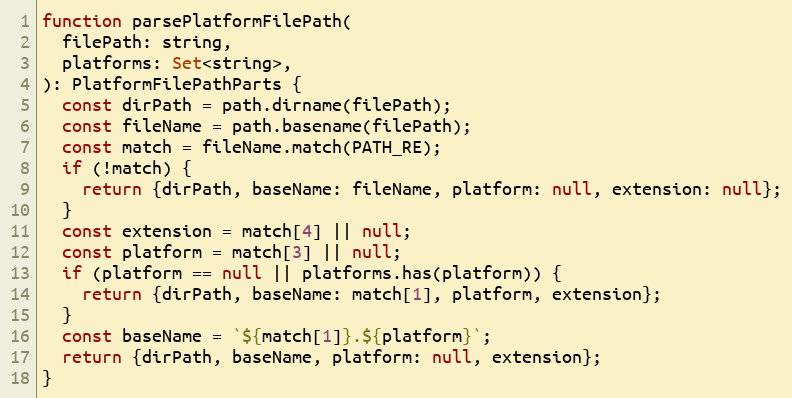
Language: JavaScript
function parsePlatformFilePath(
  filePath: string,
  platforms: Set<string>,
): PlatformFilePathParts {
  const dirPath = path.dirname(filePath);
  const fileName = path.basename(filePath);
  const match = fileName.match(PATH_RE);
  if (!match) {
    return {dirPath, baseName: fileName, platform: null, extension: null};
  }
  const extension = match[4] || null;
  const platform = match[3] || null;
  if (platform == null || platforms.has(platform)) {
    return {dirPath, baseName: match[1], platform, extension};
  }
  const baseName = `${match[1]}.${platform}`;
  return {dirPath, baseName, platform: null, extension};
}